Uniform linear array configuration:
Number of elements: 16
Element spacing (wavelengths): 0.25
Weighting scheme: hamming
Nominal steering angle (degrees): -45
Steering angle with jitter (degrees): -45.698
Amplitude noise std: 0.05
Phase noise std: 0.05

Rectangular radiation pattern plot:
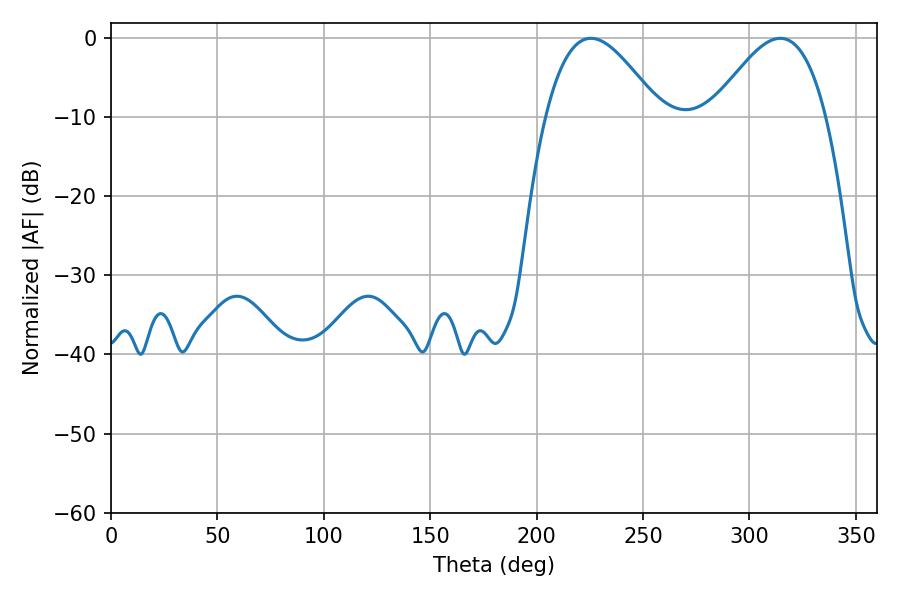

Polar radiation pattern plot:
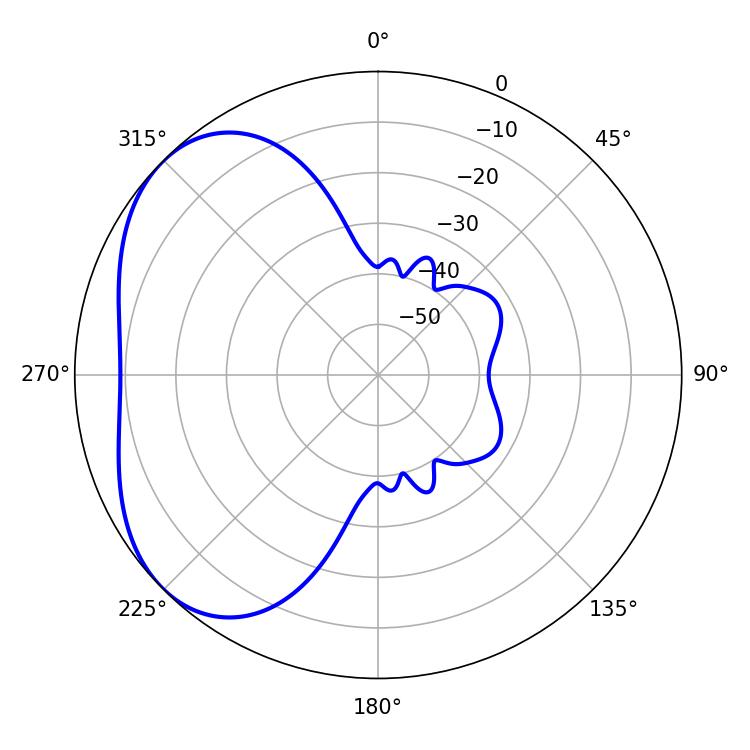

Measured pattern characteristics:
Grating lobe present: FALSE
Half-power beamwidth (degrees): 28.98
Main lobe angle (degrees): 225.54